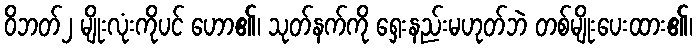
ဝိဘတ်၂ မျိုးလုံးကိုပင် ဟော၏၊ သုတ်နက်ကို ရှေးနည်းမဟုတ်ဘဲ တစ်မျိုးပေးထား၏၊